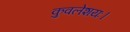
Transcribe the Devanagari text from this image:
कुवलेशयः।